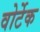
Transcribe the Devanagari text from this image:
वोर्टेक